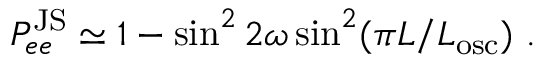
P _ { e e } ^ { \mathrm { J S } } \simeq 1 - \sin ^ { 2 } 2 \omega \sin ^ { 2 } ( \pi L / L _ { \mathrm { o s c } } ) \ .